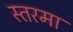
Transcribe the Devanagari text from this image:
स्तरमा